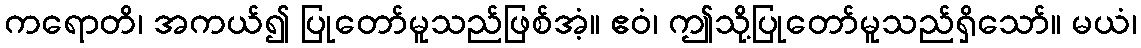
ကရောတိ၊ အကယ်၍ ပြုတော်မူသည်ဖြစ်အံ့။ ဧဝံ၊ ဤသို့ပြုတော်မူသည်ရှိသော်။ မယံ၊